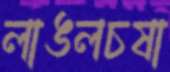
লাঙলচষা